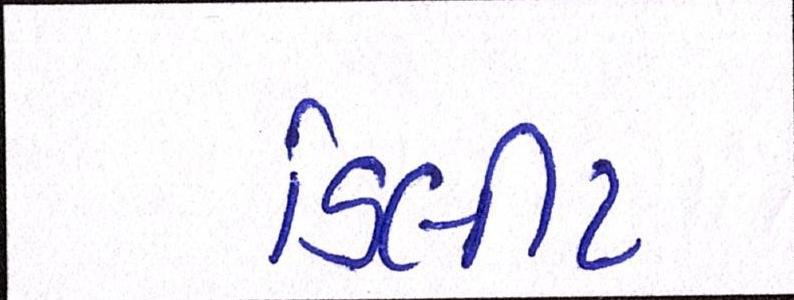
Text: ડિલીટ